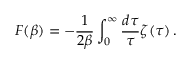
{ } F ( \beta ) = - { \frac { 1 } { 2 \beta } } \int _ { 0 } ^ { \infty } { \frac { d \tau } { \tau } } \zeta ( \tau ) \, .